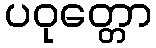
ပဝုတ္တော